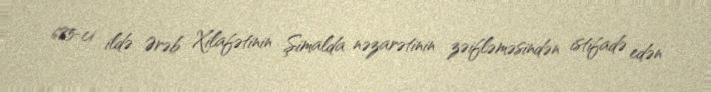
685-ci ildə Ərəb Xilafətinin Şimalda nəzarətinin zəifləməsindən istifadə edən